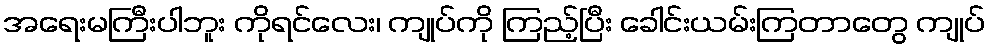
အရေးမကြီးပါဘူး ကိုရင်လေး၊ ကျုပ်ကို ကြည့်ပြီး ခေါင်းယမ်းကြတာတွေ ကျုပ်